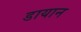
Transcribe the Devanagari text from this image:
डायान